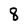
Character: 8